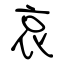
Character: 哀